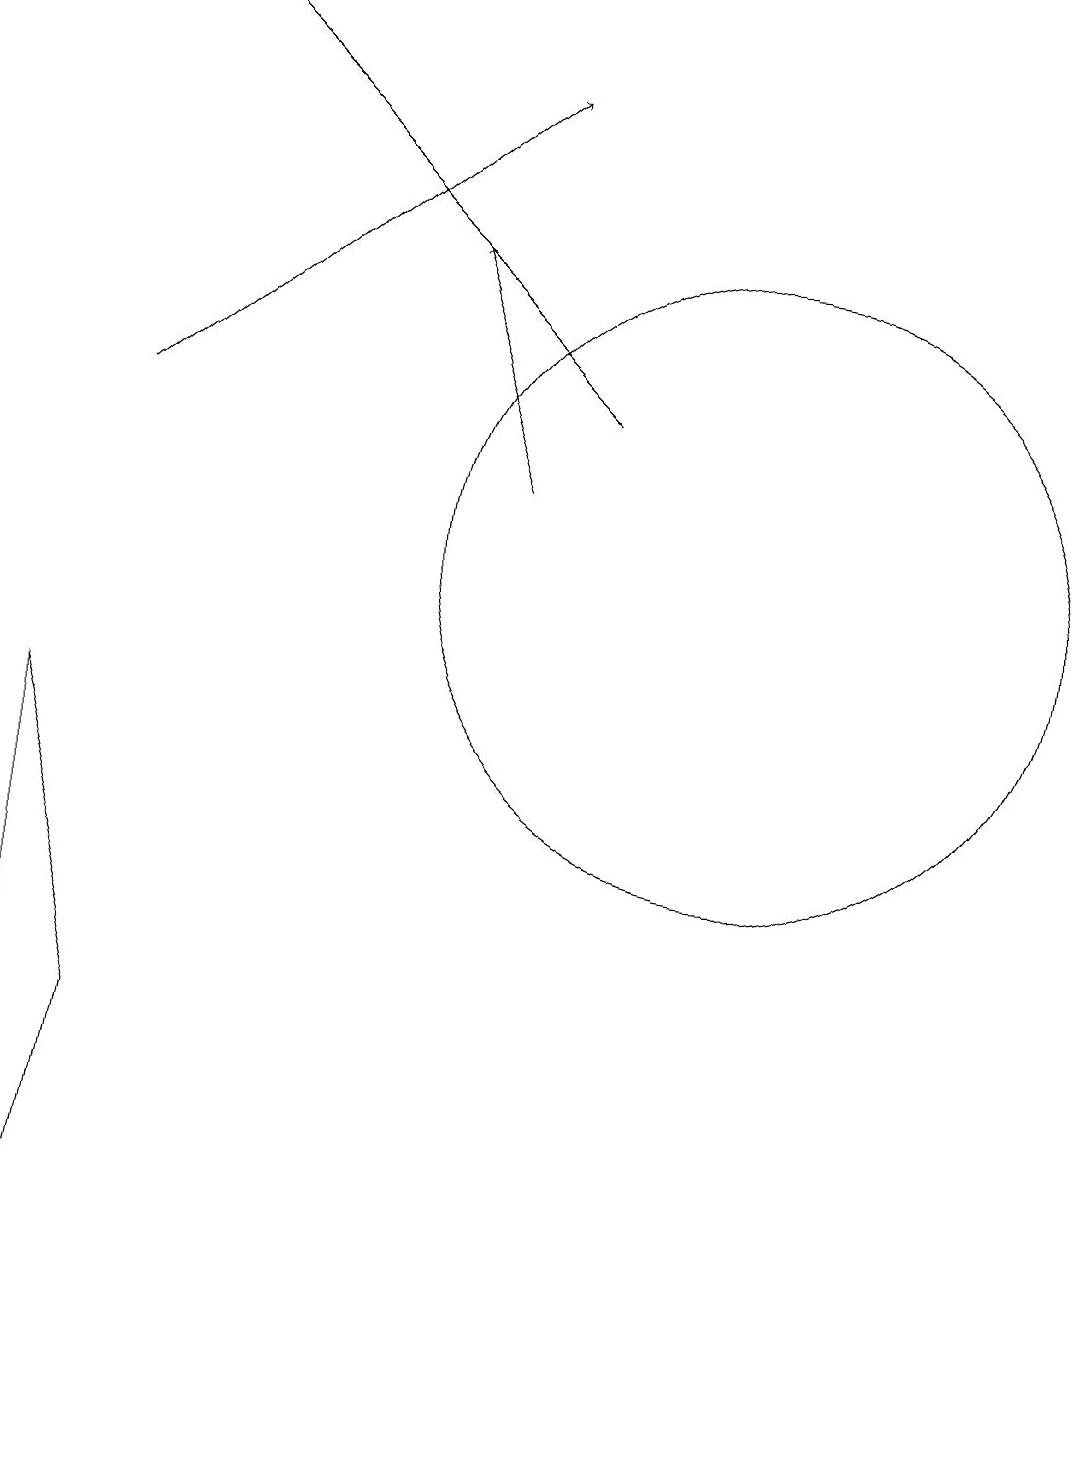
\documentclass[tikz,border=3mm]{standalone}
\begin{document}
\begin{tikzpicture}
\draw[->] (3,13) -- (8,17);
\draw[->] (8,12) -- (7,15);
\draw (11,11) circle (4);
\draw[->] (9,13) -- (4,18);
\draw (2,0) -- (3,5) -- (2,9) -- cycle;
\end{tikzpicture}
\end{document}